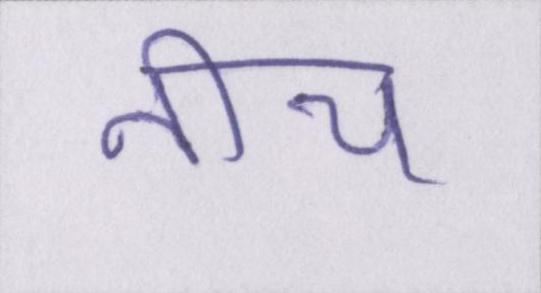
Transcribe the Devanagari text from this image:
नीच